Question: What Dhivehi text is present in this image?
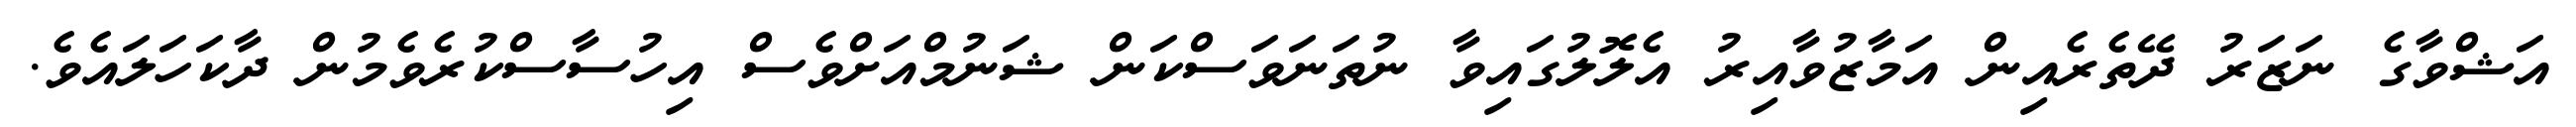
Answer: އަޝްވާގެ ނަޒަރު ދޭތެރެއިން އަމާޒުވާއިރު އެލޮލުގައިވާ ނުތަނަވަސްކަން ޝަނުމްއަށްވެސް އިހުސާސްކުރެވެމުން ދާކަހަލައެވެ.